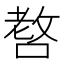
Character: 𠺛